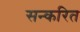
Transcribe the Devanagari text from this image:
सन्करित